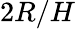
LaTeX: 2R/H